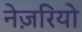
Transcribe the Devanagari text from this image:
नेज़रियो